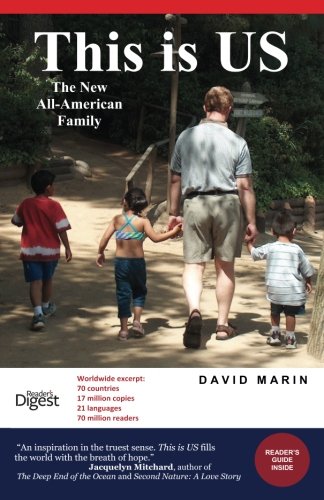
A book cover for This is US: The New All-American Family; David Marin; Parenting & Relationships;